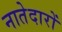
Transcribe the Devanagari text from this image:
नातेदारों